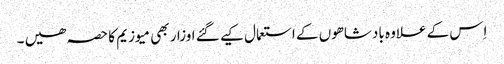
اِس کے علاوہ بادشاھوں کے استعمال کیے گئے اوزار بھی میوزیم کا حصہ ھیں ۔